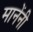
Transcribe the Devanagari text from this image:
मानेंनी